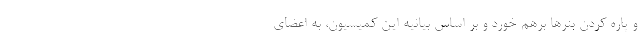
و پاره کردن بنرها برهم خورد و بر اساس بیانیه این کمیسیون، به اعضای